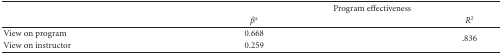
|  | <COLSPAN=2> Program effectiveness |
 |  | βa | R2 |
 | --- | --- | --- |
 | View on program | 0.668 | <ROWSPAN=2> .836 |
 | View on instructor | 0.259 |